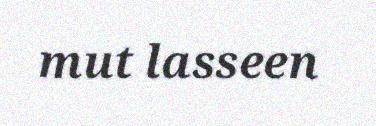
mut lasseen